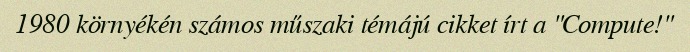
1980 környékén számos műszaki témájú cikket írt a "Compute!"